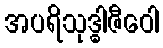
အပရိသုဒ္ဓါဇီဝေါ